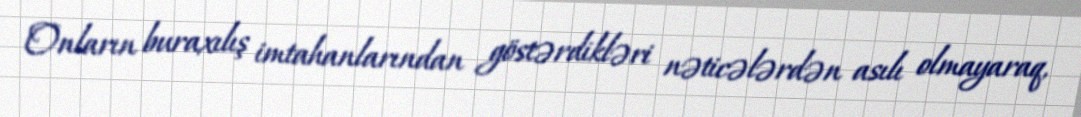
Onların buraxılış imtahanlarından göstərdikləri nəticələrdən asılı olmayaraq,